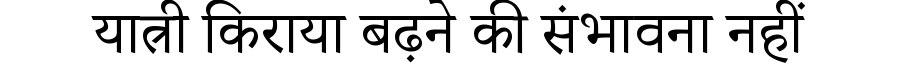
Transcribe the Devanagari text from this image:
यात्री किराया बढ़ने की संभावना नहीं